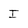
Character: I